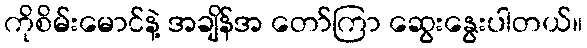
ကိုစိမ်းမောင်နဲ့ အချိန်အ တော်ကြာ ဆွေးနွေးပါတယ်။